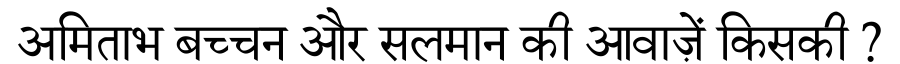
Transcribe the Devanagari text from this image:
अमिताभ बच्चन और सलमान की आवाज़ें किसकी ?